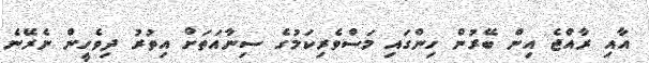
އާއި ރާއްޖެ އިން ބޭރުން ހިންގައި މަސްވެރިކަމުގެ ސިނާއަތަށް އިތުރު ދިވެހީން ނެރޭނެ